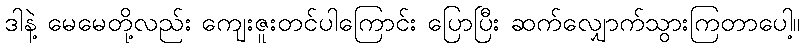
ဒါနဲ့ မေမေတို့လည်း ကျေးဇူးတင်ပါကြောင်း ပြောပြီး ဆက်လျှောက်သွားကြတာပေါ့။